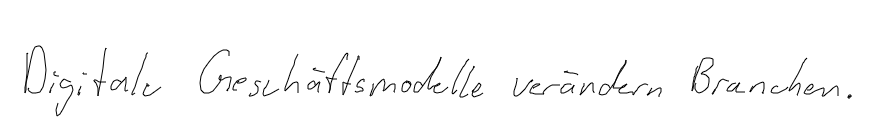
Digitale Geschäftsmodelle verändern Branchen.